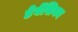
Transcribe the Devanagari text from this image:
डेवेंसियन